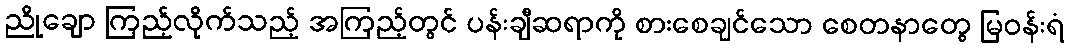
ညိုချော ကြည့်လိုက်သည့် အကြည့်တွင် ပန်းချီဆရာကို စားစေချင်သော စေတနာတွေ မြဝန်းရံ